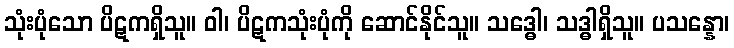
သုံးပုံသော ပိဋကရှိသူ။ ဝါ၊ ပိဋကသုံးပုံကို ဆောင်နိုင်သူ။ သဒ္ဓေါ၊ သဒ္ဓါရှိသူ။ ပသန္နော၊